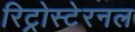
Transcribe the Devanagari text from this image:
रिट्रोस्टेरनल